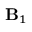
{ \bf B } _ { 1 }